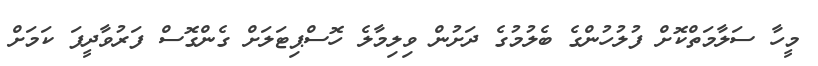
މީހާ ސަލާމަތްކޮށް ފުލުހުންގެ ބެލުމުގެ ދަށުން ވިލިމާލެ ހޮސްޕިޓަލަށް ގެންގޮސް ފަރުވާދީފަ ކަމަށް